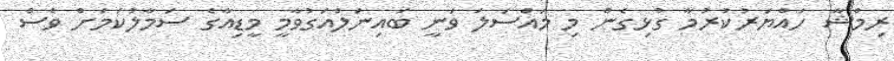
ރިމްޝާ ހައްޔަރުކުރުމާ ގުޅިގެން މި މައްސަލަ ވަނީ ބައިނަލްއަގުވާމީ މީޑިއާގެ ސަމާލުކަމަށް ވެސް